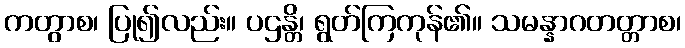
ကတွာစ၊ ပြု၍လည်း။ ပဌန္တိ၊ ရွတ်ကြကုန်၏။ သမန္နာဂတတ္တာစ၊